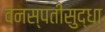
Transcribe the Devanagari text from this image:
वनस्पतीसुद्धा